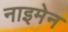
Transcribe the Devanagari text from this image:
नाइमेन